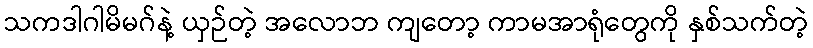
သကဒါဂါမိမဂ်နဲ့ ယှဉ်တဲ့ အလောဘ ကျတော့ ကာမအာရုံတွေကို နှစ်သက်တဲ့